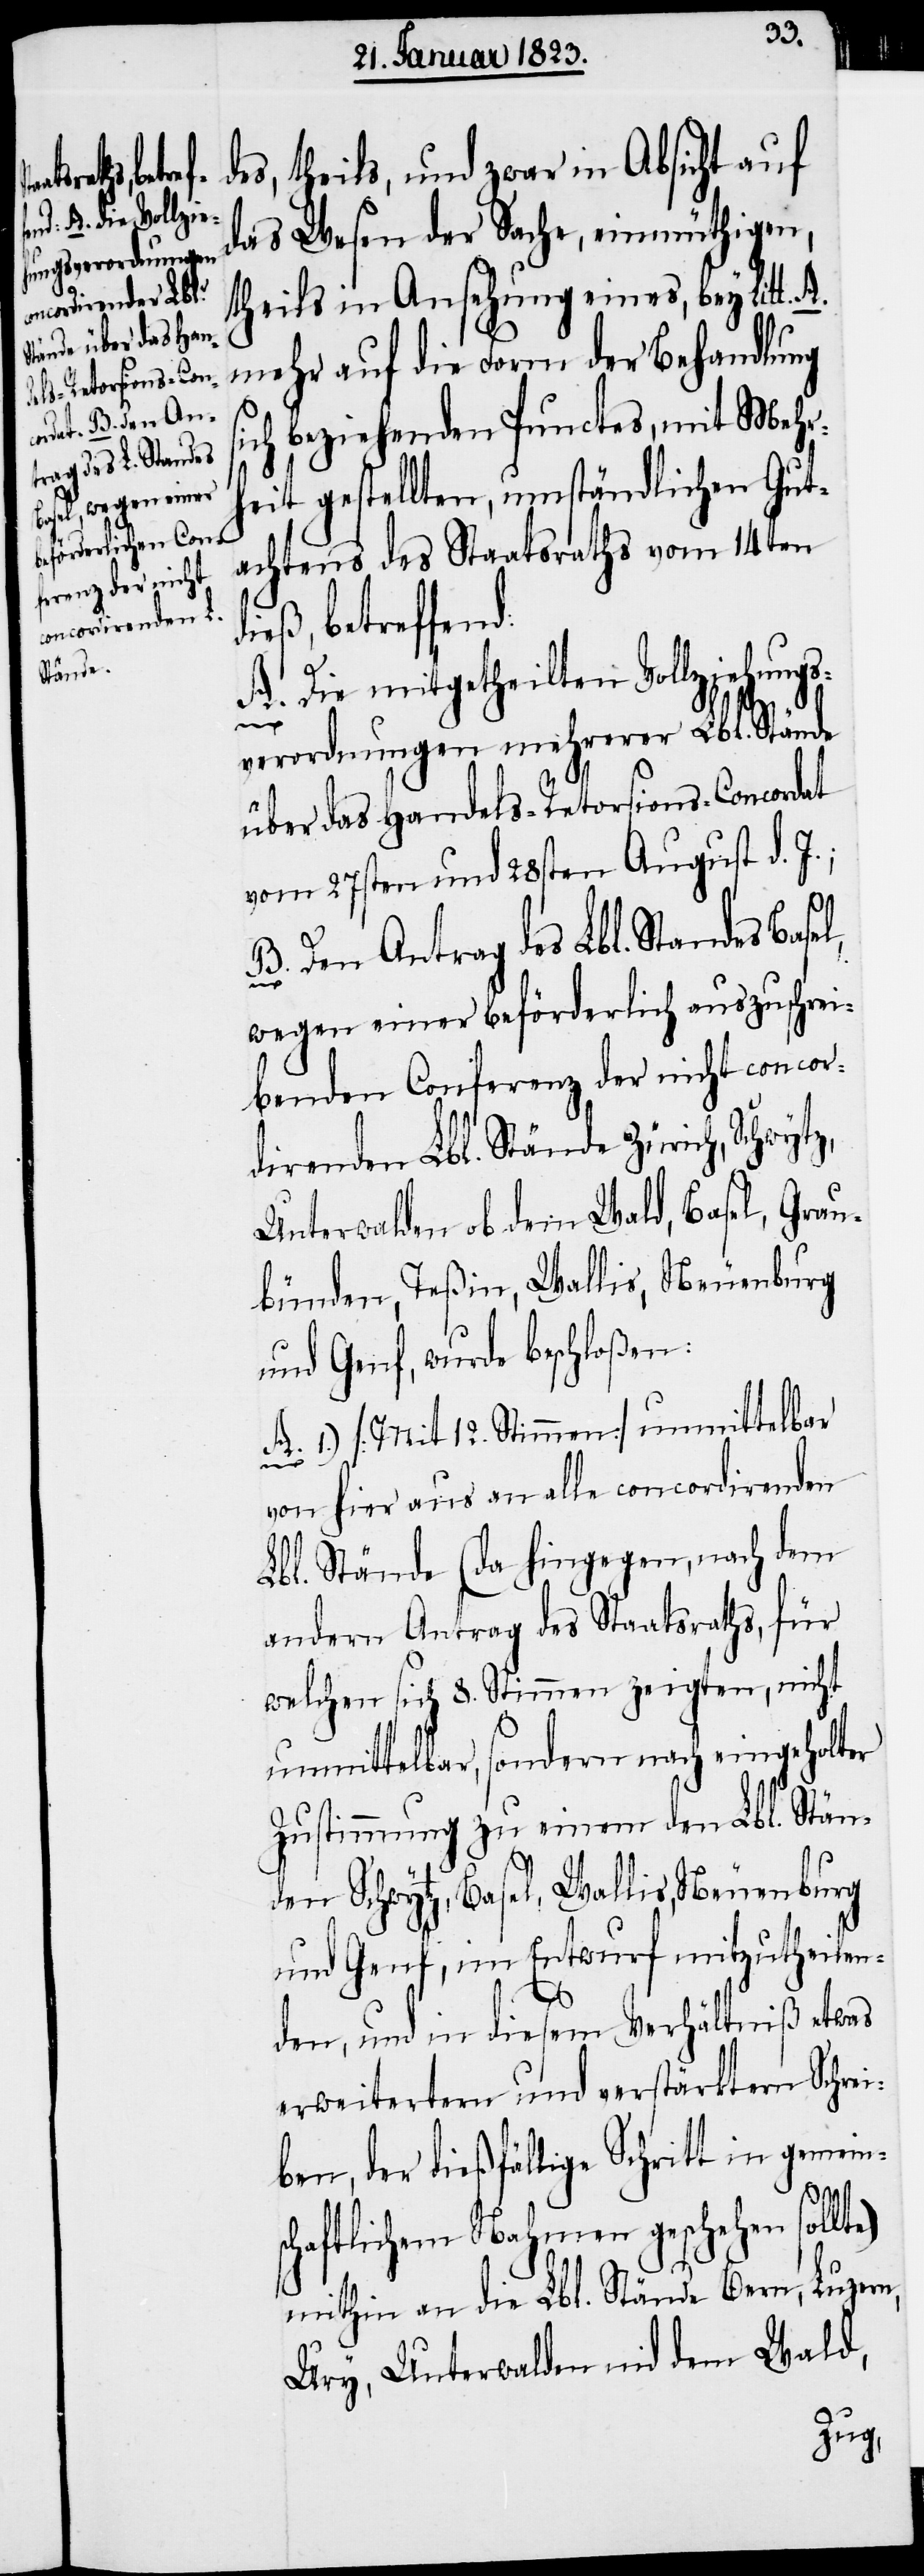
des, theils, und zwar in Absicht auf
das Wesen der Sache, einmüthigen,
theils in Ansehung eines, bey Litt.
mehr auf die Form der Behandlung
sich beziehenden Punctes, mit Mehr¬
heit gestellten, umständlichen Gut¬
achtens des Staatsraths vom 14ten
dieß, betreffend:
A. Die mitgetheilten Vollziehungs¬
verordnungen mehrerer Lbl. Stände
über das Handels-Retorsions-Concordat
vom 27sten und 28sten August d. J.;
B. Den Antrag des Lbl. Standes Basel,
wegen einer beförderlich auszuschrei¬
benden Conferenz der nicht concor¬
direnden Lbl. Stände Zürich, Schwytz,
Unterwalden ob dem Wald, Basel, Grau¬
bünden, Teßin, Wallis, Neuenburg
und Genf, wurde beschloßen:
A. 1.) [Mit 12. Stimmen] unmittelbar
von hier aus an alle concordirenden
Lbl. Stände (da hingegen, nach dem
andern Antrag des Staatsraths, für
welchen sich 8. Stimmen zeigten, nicht
unmittelbar, sondern nach eingeholter
Zustimmung zu einem den Lbl. Stän¬
den Schwytz, Basel, Wallis, Neuenburg
und Genf, im Entwurf mitzutheilen¬
den, und in diesem Verhältniß etwas
erweitertern und verstärktern Schrei¬
ben, der dießfällige Schritt in gemein¬
schaftlichem Nahmen geschehen sollte)
mithin an die Lbl. Stände Bern, Luzern,
Ury, Unterwalden nid dem Wald,